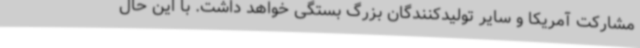
مشارکت آمریکا و سایر تولیدکنندگان بزرگ بستگی خواهد داشت. با این حال